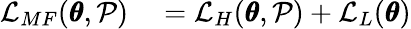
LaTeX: \begin{array}{rl}{\mathcal{L}_{MF}(\pmb{\theta},\mathcal{P})}&{{}=\mathcal{L}_{H}(\pmb{\theta},\mathcal{P})+\mathcal{L}_{L}(\pmb{\theta})}\end{array}